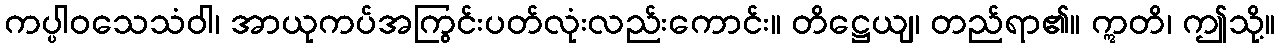
ကပ္ပါဝသေသံဝါ၊ အာယုကပ်အကြွင်းပတ်လုံးလည်းကောင်း။ တိဋ္ဌေယျ၊ တည်ရာ၏။ ဣတိ၊ ဤသို့။